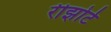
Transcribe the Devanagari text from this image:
रीझोर्ट